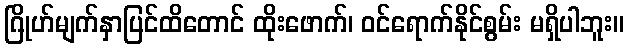
ဂြိုဟ်မျက်နှာပြင်ထိတောင် ထိုးဖောက်၊ ဝင်ရောက်နိုင်စွမ်း မရှိပါဘူး။